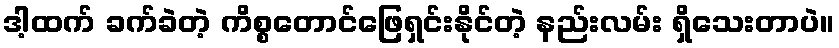
ဒါ့ထက် ခက်ခဲတဲ့ ကိစ္စတောင်ဖြေရှင်းနိုင်တဲ့ နည်းလမ်း ရှိသေးတာပဲ။